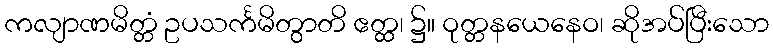
ကလျာဏမိတ္တံ ဥပသင်္ကမိတွာတိ ဧတ္ထ၊ ၌။ ဝုတ္တနယေနေဝ၊ ဆိုအပ်ပြီးသော